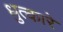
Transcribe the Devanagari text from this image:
धुत्कारे